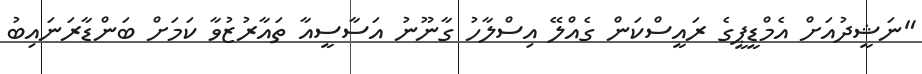
"ނަޝީދުއަށް އެމްޑީޕީގެ ރައީސްކަން ގެއްލޭ އިސްލާހު ގާނޫނު އަސާސީއާ ތައާރުޒުވާ ކަމަށް ބަންޑާރަނައިބު